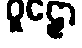
ဝူဠှော